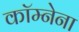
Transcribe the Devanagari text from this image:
कॉम्नेना